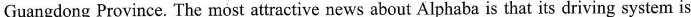
Guangdong Province. The most attractive news about Alphaba is that its driving system is